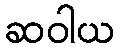
ဆဝါယ